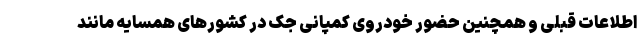
اطلاعات قبلی و همچنین حضور خودروی کمپانی جک در کشورهای همسایه مانند